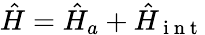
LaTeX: \hat{H}=\hat{H}_{a}+\hat{H}_{\mathrm{~i~n~t~}}